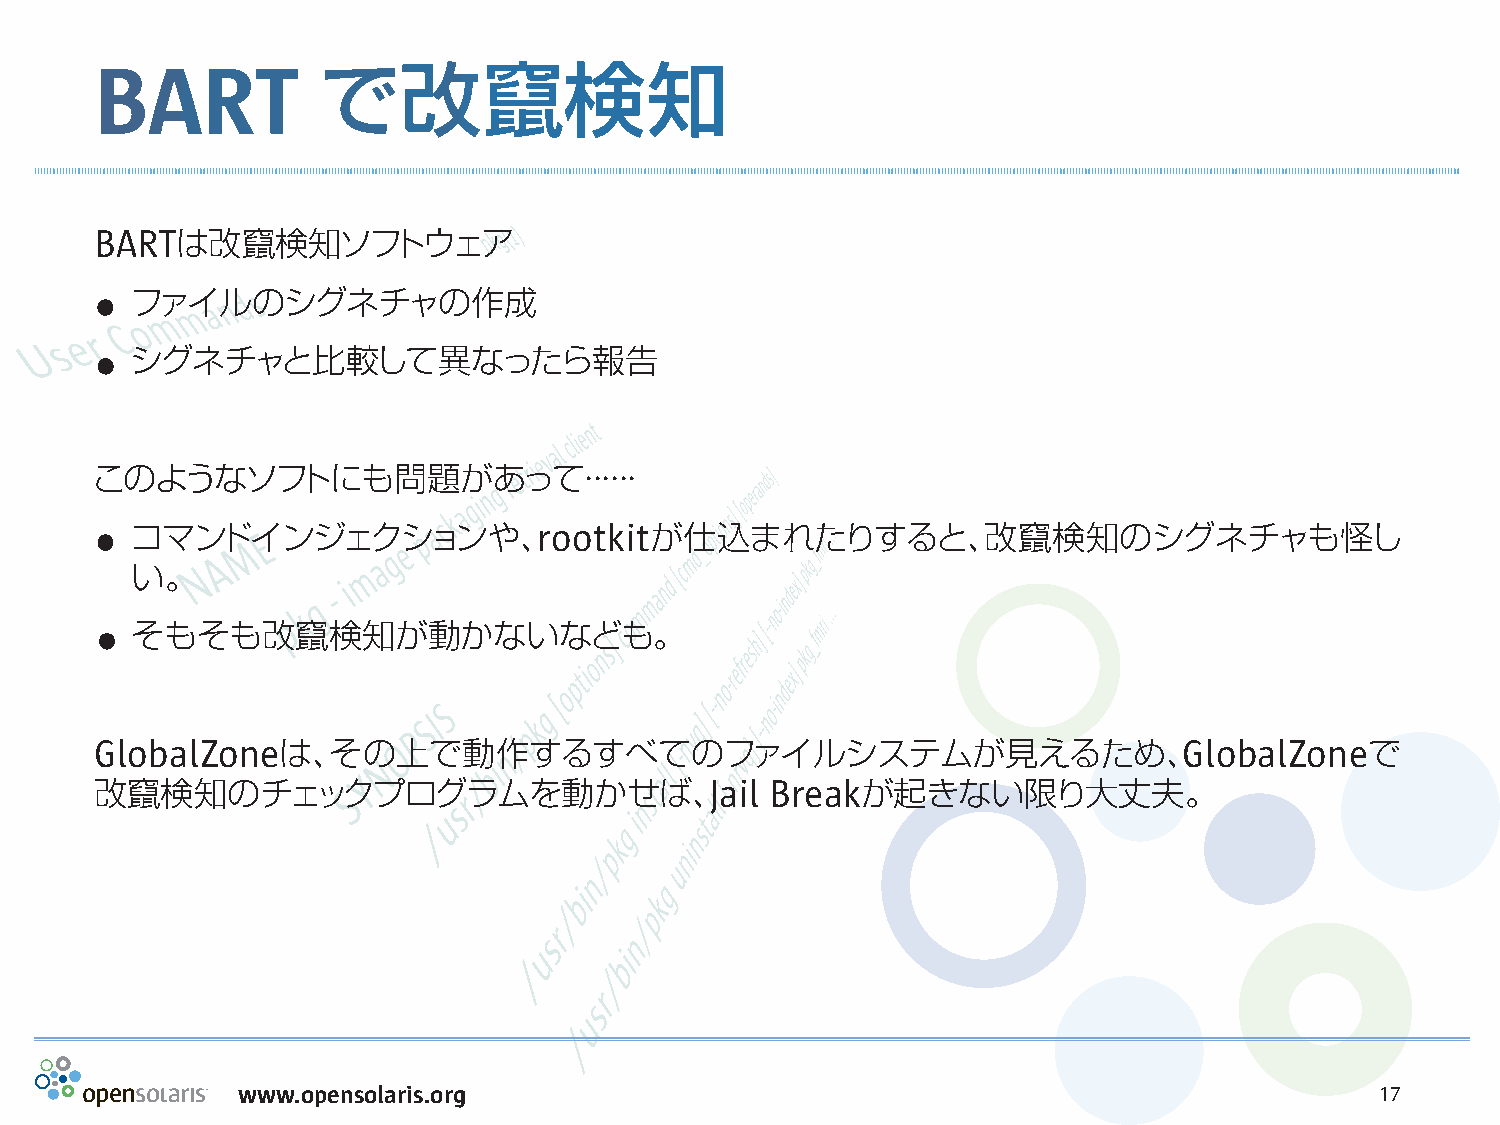
BART           で改竄検知
 BA RTは改竄検知ソフトウェア
 .
 ファイルのシグネチャの作成
 .
 シグネチャと比較して異なったら報告
 このようなソフトにも問題があって・・・・・・
 .
 コマンドインジェクションや、rootkitが仕込まれたりすると、改竄検知のシグネチャも怪し
 い。
 .
 そもそも改竄検知が動かないなども。
 GlobalZoneは、その上で動作するすべてのファイルシステムが見えるため、GlobalZoneで
 改竄検知のチェックプログラムを動かせば、Jail                     Breakが起きない限り大丈夫。
 www.opensolaris.org                                                        17